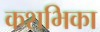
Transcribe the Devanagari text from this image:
कशभिका